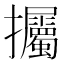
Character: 𢺡